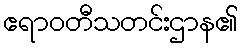
ဧရာဝတီသတင်းဌာန၏